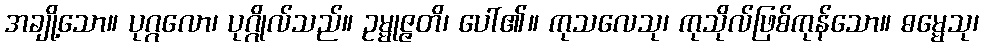
အချို့သော။ ပုဂ္ဂလော၊ ပုဂ္ဂိုလ်သည်။ ဥမ္မုဇ္ဇတိ၊ ပေါ်၏။ ကုသလေသု၊ ကုသိုလ်ဖြစ်ကုန်သော။ ဓမ္မေသု၊